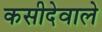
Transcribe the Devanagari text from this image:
कसीदेवाले